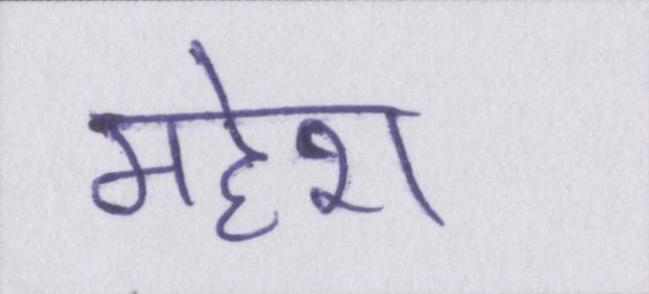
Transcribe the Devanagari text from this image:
महेश